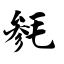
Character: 毵